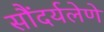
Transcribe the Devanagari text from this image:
सौंदर्यलेणे